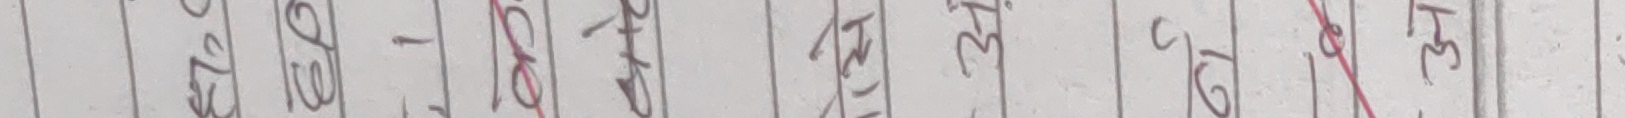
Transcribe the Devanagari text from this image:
३४
चर
३२
समाप्यबाह्यश्वासप्रश्वास
३७
अन्तःश्वसन
शरीरकषमातनकालगायकप्रभावपर्नेकुराहरु
स्टेरलजनमाईकरण
३१